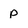
Character: p